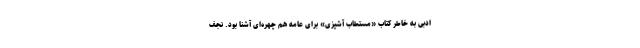
ادبی به خاطر کتاب «مستطاب آشپزی» برای عامه هم چهره‌ای آشنا بود. نجف